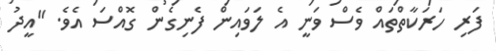
ފަރި ހަރަކާތްތައް ވެސް ވަނީ އެ ލަވައިން ފެނިގެން ގޮއްސަ އެވެ. "އީދު